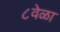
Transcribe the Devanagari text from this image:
८वेळा